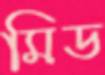
মিড